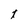
Character: t